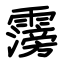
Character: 霶